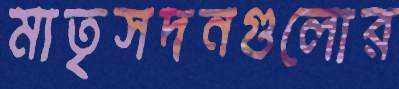
মাতৃসদনগুলোর